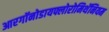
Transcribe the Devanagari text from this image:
आरगॉनोडायफ्लोरोमिथॅनियम